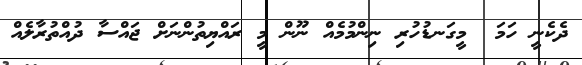
ދެކެނީ ހަމަ  މީގަނޑުހުރި ނިންމުމެއް ނޫން މީ ރައްޔިތުންނަށް ޖައްސާ ދުއްތުރާލެއް